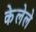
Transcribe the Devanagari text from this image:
केेलेले